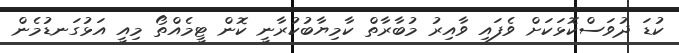
ކުޑަ ދުވަސްކޮޅަަކަަށް ވެފައި ވާއިރު މުބާރާތް ކާމިޔާބުކުރާނީ ކޮން ޓީމެއްތޯ މިއީ އަޅުގަނޑުމެން